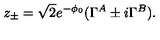
z _ { \pm } = \sqrt { 2 } e ^ { - \phi _ { 0 } } ( \Gamma ^ { A } \pm i \Gamma ^ { B } ) .